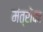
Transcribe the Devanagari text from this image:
मंत्रोंका